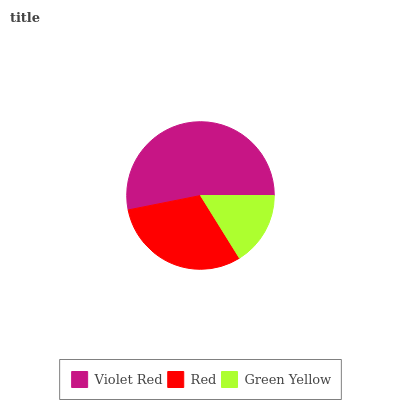
| Violet Red | Red | Green Yellow |
 | --- | --- | --- |
 | 53.2% | 30.7% | 16.1% |